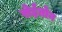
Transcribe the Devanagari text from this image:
सेईतोन